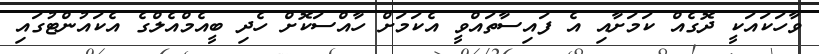
ވާހަކައަކީ ދޮގެއް ކަމަށާއި އެ ފައިސާތައްވީ އެކަމަށް ހާއްސަކޮށް ހެދި ބީއެމްއެލްގެ އެކައުންޓުގައި